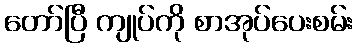
တော်ပြီ ကျုပ်ကို စာအုပ်ပေးစမ်း